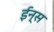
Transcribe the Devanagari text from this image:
ईन्स